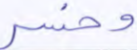
وخسر